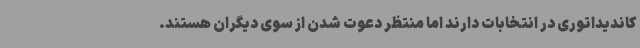
کاندیداتوری در انتخابات دارند اما منتظر دعوت شدن از سوی دیگران هستند.